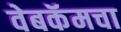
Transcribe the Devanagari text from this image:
वेबकॅमचा